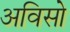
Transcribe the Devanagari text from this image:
अविसो